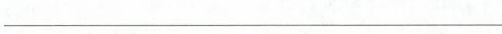
___